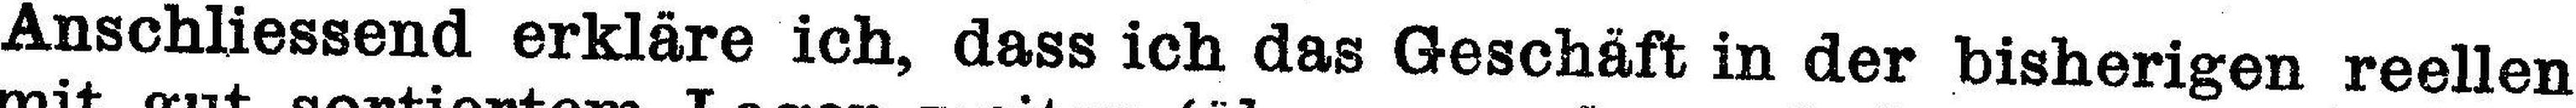
Anschliessend erkläre ich, dass ich das Geschäft in der bisherigen reellen